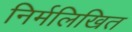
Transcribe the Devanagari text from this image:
निर्मलिखित